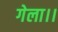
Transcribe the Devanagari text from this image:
गेला।।